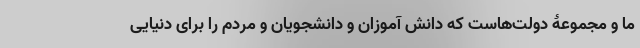
ما و مجموعۀ دولت‌هاست که دانش آموزان و دانشجویان و مردم را برای دنیایی